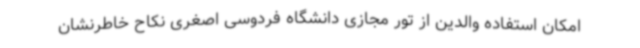
امکان استفاده والدین از تور مجازی دانشگاه فردوسی اصغری نکاح خاطرنشان